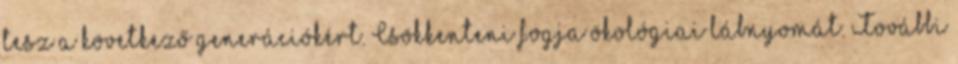
tesz a következő generációkért. Csökkenteni fogja ökológiai lábnyomát. További